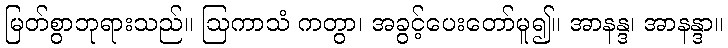
မြတ်စွာဘုရားသည်။ ဩကာသံ ကတွာ၊ အခွင့်ပေးတော်မူ၍။ အာနန္ဒ၊ အာနန္ဒာ။